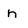
Character: n